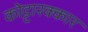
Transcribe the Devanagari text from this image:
कोट्टारक्कार